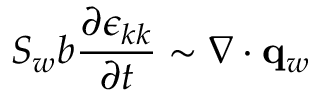
S _ { w } b \frac { \partial \epsilon _ { k k } } { \partial t } \sim \nabla \cdot \mathbf { q } _ { w }